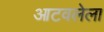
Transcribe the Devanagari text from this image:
आटवलेला